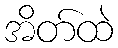
အိတ်ထဲ